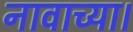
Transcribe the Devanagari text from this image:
नावाच्या।